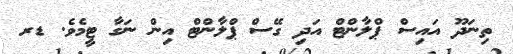
ތިނަދޫ އައިސް ޕްލާންޓް އަދި ގޭސް ޕްލާންޓް އިން ނަގާ ޓީމެވެ. ޑރ